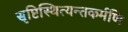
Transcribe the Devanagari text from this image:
सृष्टिस्थित्यन्तकर्मणि